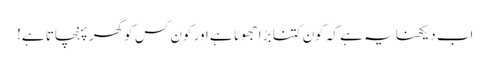
اب دیکھنا یہ ہے کہ کون کتنا بڑا جھوٹا ہے اور کون کس کو گھر پہنچاتا ہے!